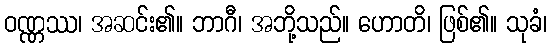
ဝဏ္ဏဿ၊ အဆင်း၏။ ဘာဂီ၊ အဘို့သည်။ ဟောတိ၊ ဖြစ်၏။ သုခံ၊